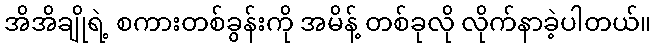
အိအိချိုရဲ့ စကားတစ်ခွန်းကို အမိန့် တစ်ခုလို လိုက်နာခဲ့ပါတယ်။